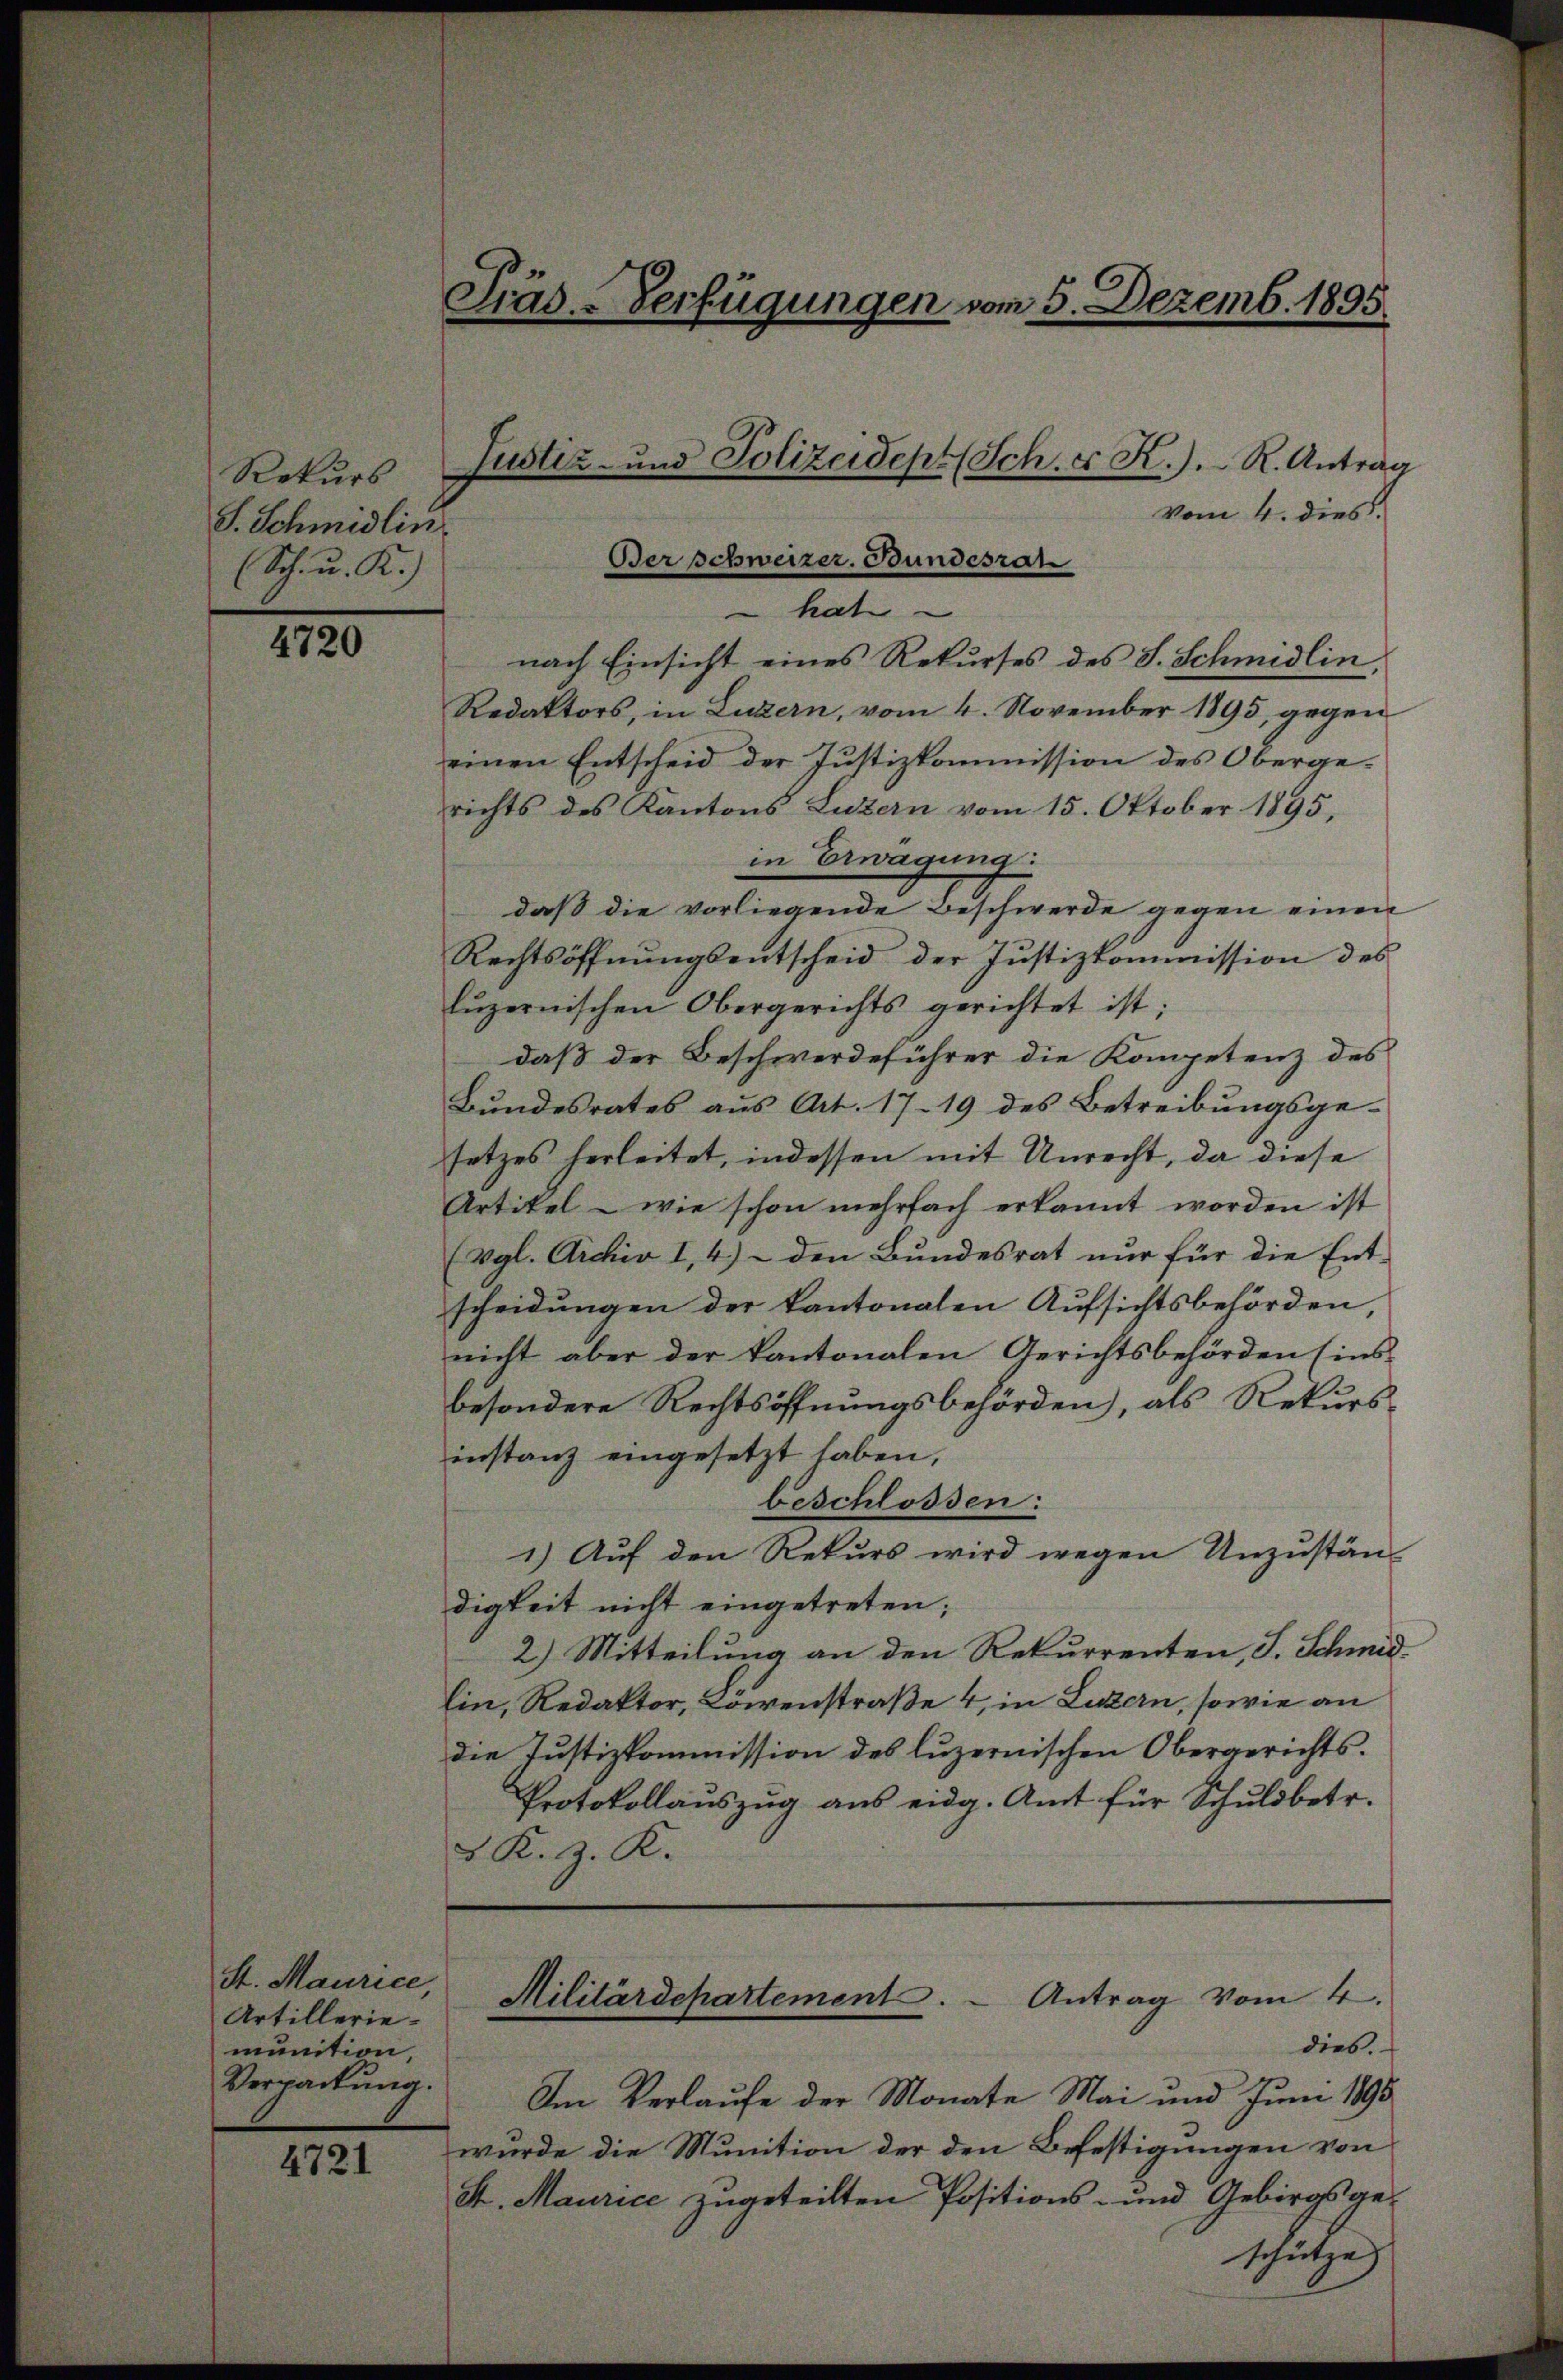
Rekurs
S. Schmidlin.
(Sch. u. K.)

4720

St. Maurice,
Artillerie-
munition
Verpackung.

4721

Träs-Verfügungen vom 5. Dezemb. 1895

Justiz- und Polizeidept (Sch. E K.). R. Antrag

vom 4. dies
nach Einsicht eines Rekurses des S. Schmidlin,
Redaktors, in Luzern, vom 4. November 1895, gegen
einen Entscheid der Justizkommission des Obergerichts des Kantons Luzern vom 15. Oktober 1895,
in Erwägung
daß die vorliegende Beschwerde gegen einen
Rechtsöffnungsentscheid der Justizkommission des
luzernischen Obergerichts gerichtet ist;
daß der Beschwerdeführer die Kompetenz des
Bundesrates aus Art. 1719 des Betreibungsge-
setzes herleitet, indessen mit Unrecht, da diese
Artikel - wie schon mehrfach erkannt worden ist
(vgl. Archiv I, 4.) - den Bundesrat nur für die Ent-
scheidungen der kantonalen Aŭfsichtsbehörden
nicht aber der kantonalen Gerichtsbehörden (ins
besondere Rechtsöffnungsbehörden, als Rekursinstanz eingesetzt haben,
beschlossen:
1.) Auf den Rekurs wird wegen Unzustän-
digkeit nicht eingetreten;
2.) Mitteilung an den Rekurrenten, J. Schmid-
lin, Redaktor, Löwenstraße 4, in Luzern, sowie an
die Justizkommission des luzernischen Obergerichts.
Protokollauszug aus eidg. Amt für Schuldbetr.
 K. H. K.
Militärdepartement. - Antrag vom 4.
dies.
Im Verlaufe der Monate Mai und Juni 1890
wurde die Munition der den Befestigungen von
St. Maurice zugeteilten Positions- und Gebirgsge¬

Der schweizer. Bundesrat

hat

e